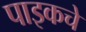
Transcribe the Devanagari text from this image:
पाइकचे